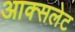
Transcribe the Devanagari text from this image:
आक्सलेट